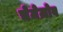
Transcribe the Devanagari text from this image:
चेमेज़ोव